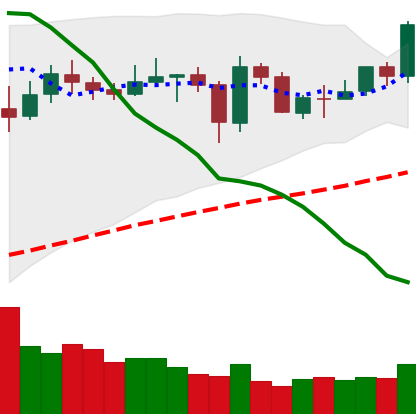
Ticker: NEO-USD
Chart end date: 2020-05-30
Forward return: 10.713%
Label: up_7plus